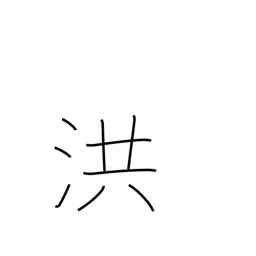
Meaning: flood